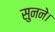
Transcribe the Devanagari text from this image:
सुनने।